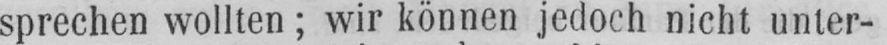
sprechen wollten; wir können jedoch nicht unter-